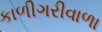
કાળીગરીવાળા